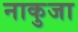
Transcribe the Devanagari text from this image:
नाकुजा